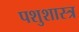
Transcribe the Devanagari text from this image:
पशुशास्त्र